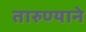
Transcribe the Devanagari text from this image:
तारुण्याने